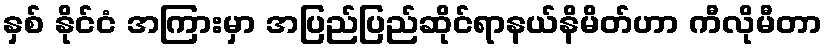
နှစ် နိုင်ငံ အကြားမှာ အပြည်ပြည်ဆိုင်ရာနယ်နိမိတ်ဟာ ကီလိုမီတာ